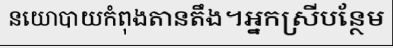
នយោបាយកំពុងតានតឹង។អ្នកស្រីបន្ថែម